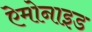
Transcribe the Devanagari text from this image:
ऐमोनाइड